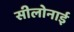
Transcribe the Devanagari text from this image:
सीलोनाई